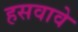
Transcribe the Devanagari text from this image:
हसवावे